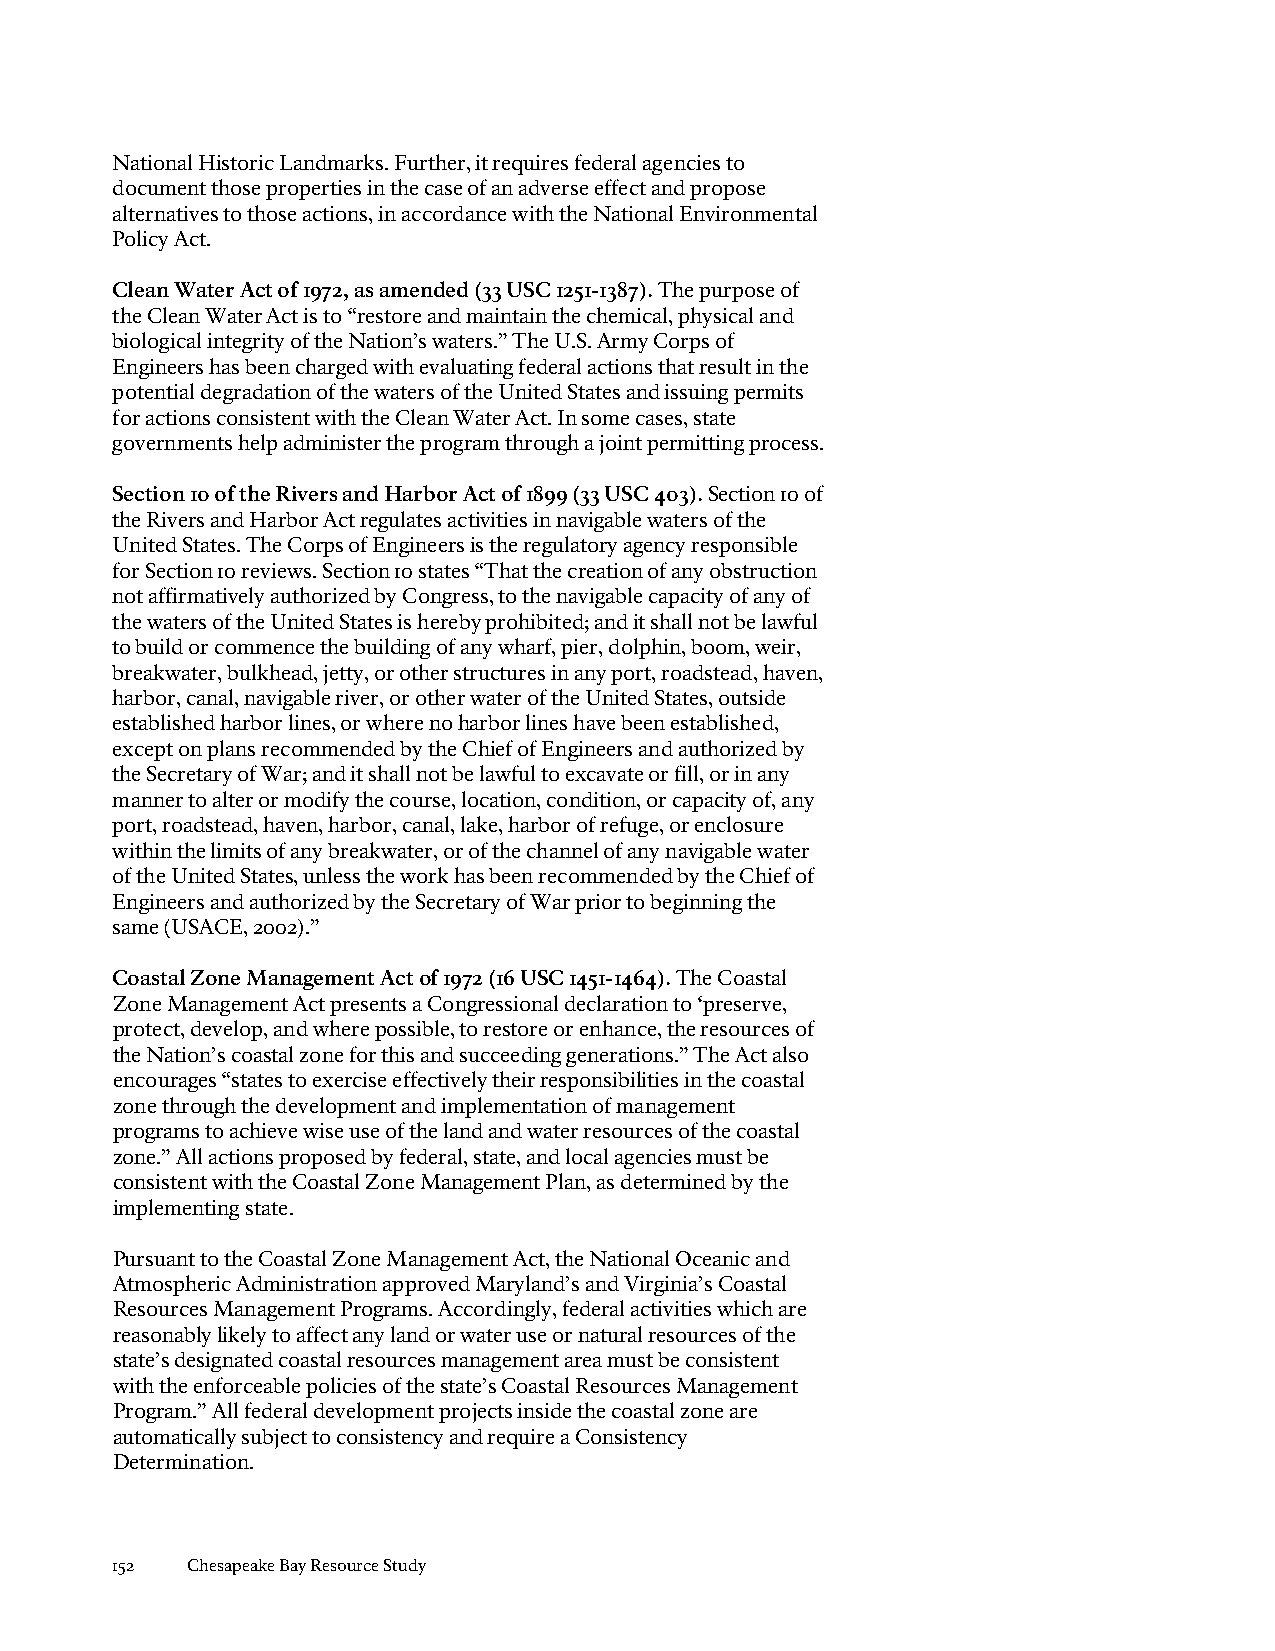
National Historic Landmarks. Further, it requires federal agencies to
 document those properties in the case of an adverse effect and propose
 alternatives to those actions, in accordance with the National Environmental
 Policy Act.
 Clean Water Act of 1972, as amended (33 USC 1251-1387). The purpose of
 the Clean Water Act is to “restore and maintain the chemical, physical and
 biological integrity of the Nation’s waters.” The U.S. Army Corps of
 Engineers has been charged with evaluating federal actions that result in the
 potential degradation of the waters of the United States and issuing permits
 for actions consistent with the Clean Water Act. In some cases, state
 governments help administer the program through a joint permitting process.
 Section 10 of the Rivers and Harbor Act of 1899 (33 USC 403). Section 10 of
 the Rivers and Harbor Act regulates activities in navigable waters of the
 United States. The Corps of Engineers is the regulatory agency responsible
 for Section 10 reviews. Section 10 states “That the creation of any obstruction
 not affirmatively authorized by Congress, to the navigable capacity of any of
 the waters of the United States is hereby prohibited; and it shall not be lawful
 to build or commence the building of any wharf, pier, dolphin, boom, weir,
 breakwater, bulkhead, jetty, or other structures in any port, roadstead, haven,
 harbor, canal, navigable river, or other water of the United States, outside
 established harbor lines, or where no harbor lines have been established,
 except on plans recommended by the Chief of Engineers and authorized by
 the Secretary of War; and it shall not be lawful to excavate or fill, or in any
 manner to alter or modify the course, location, condition, or capacity of, any
 port, roadstead, haven, harbor, canal, lake, harbor of refuge, or enclosure
 within the limits of any breakwater, or of the channel of any navigable water
 of the United States, unless the work has been recommended by the Chief of
 Engineers and authorized by the Secretary of War prior to beginning the
 same (USACE, 2002).”
 Coastal Zone Management Act of 1972 (16 USC 1451-1464). The Coastal
 Zone Management Act presents a Congressional declaration to ‘preserve,
 protect, develop, and where possible, to restore or enhance, the resources of
 the Nation’s coastal zone for this and succeeding generations.” The Act also
 encourages “states to exercise effectively their responsibilities in the coastal
 zone through the development and implementation of management
 programs to achieve wise use of the land and water resources of the coastal
 zone.” All actions proposed by federal, state, and local agencies must be
 consistent with the Coastal Zone Management Plan, as determined by the
 implementing state.
 Pursuant to the Coastal Zone Management Act, the National Oceanic and
 Atmospheric Administration approved Maryland’s and Virginia’s Coastal
 Resources Management Programs. Accordingly, federal activities which are
 reasonably likely to affect any land or water use or natural resources of the
 state’s designated coastal resources management area must be consistent
 with the enforceable policies of the state’s Coastal Resources Management
 Program.” All federal development projects inside the coastal zone are
 automatically subject to consistency and require a Consistency
 Determination.
 152  Chesapeake Bay Resource Study